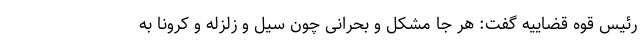
رئیس قوه قضاییه گفت: هر جا مشکل و بحرانی چون سیل و زلزله و کرونا به